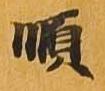
順